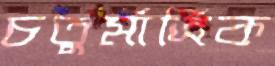
চতুর্মাত্রিক